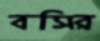
বসির